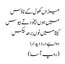
میزاں کھول کے ناؤس
میں ہوں بیخود تے بیوس
کیتا میں نوں برھہ بیکس
دوا ہے درد دیدارا
(روپ آسا)